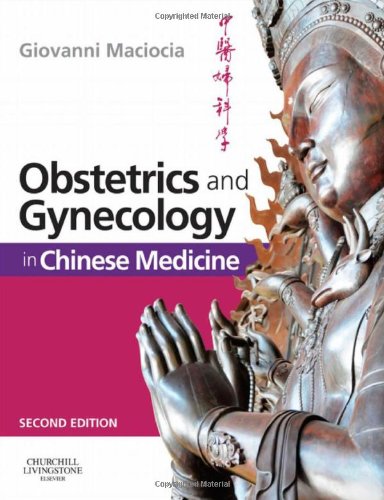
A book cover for Obstetrics and Gynecology in Chinese Medicine, 2e; Giovanni Maciocia CAc(Nanjing); Health, Fitness & Dieting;